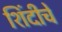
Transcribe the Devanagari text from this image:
शिंदीचे